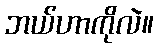
ဘယ်ဟာကိုလဲ။